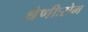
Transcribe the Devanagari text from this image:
श्रेणीःरोम